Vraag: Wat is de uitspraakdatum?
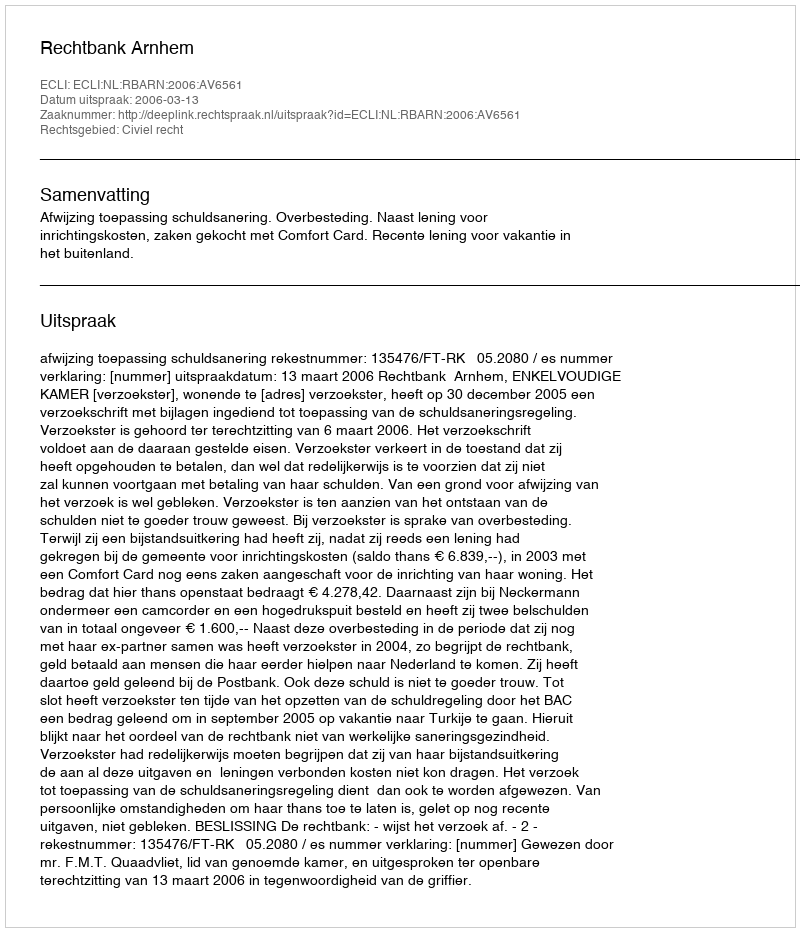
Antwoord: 2006-03-13